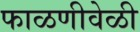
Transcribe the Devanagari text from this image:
फाळणीवेळी